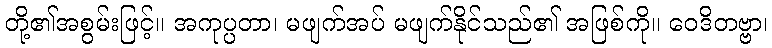
တို့၏အစွမ်းဖြင့်။ အကုပ္ပတာ၊ မဖျက်အပ် မဖျက်နိုင်သည်၏ အဖြစ်ကို။ ဝေဒိတဗ္ဗာ၊